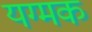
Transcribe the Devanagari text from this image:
यग्मक